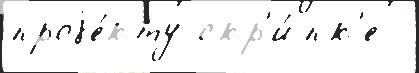
проjе́кту скр'и́пк'е